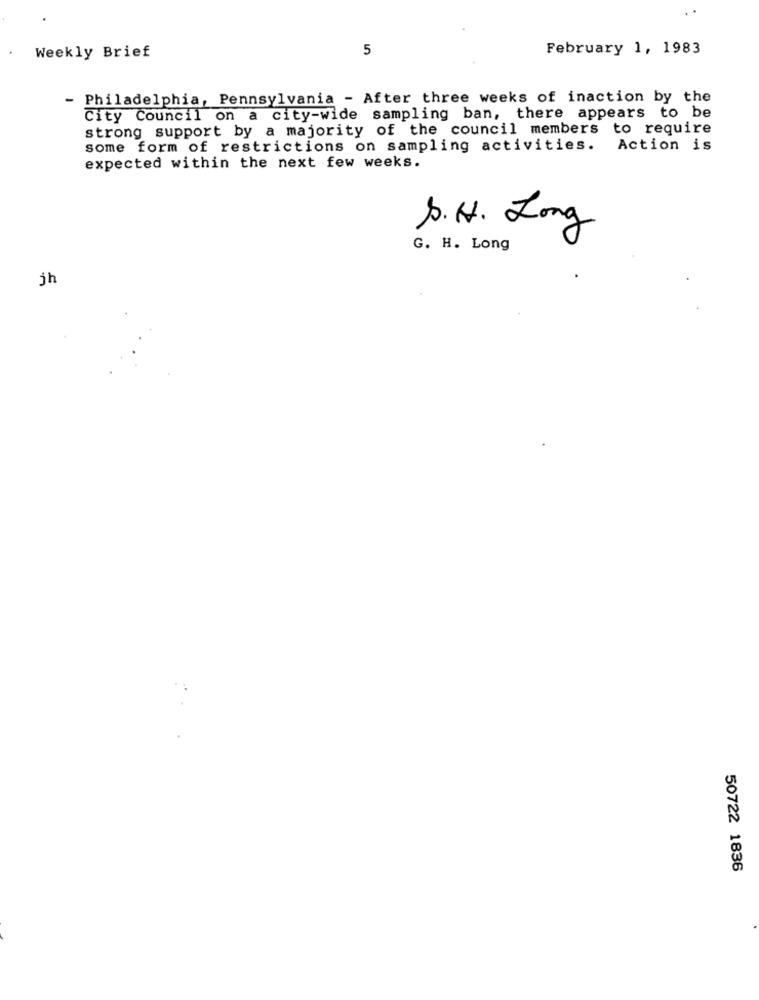
5
February 1, 1983
Weekly Brief
Philadelphia, Pennsylvania - After three weeks of inaction by the
City Council on a city-wide sampling ban, there appears to be
strong support by a majority of the council members to require
some form of restrictions on sampling activities. Action is
expected within the next few weeks.
S.H. Long
G. H. Long
jh
50722 1836